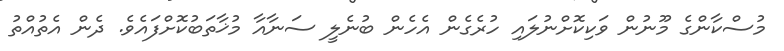
މުސްކާންގެ މޫނުން ވަކިކޮށްނުލައި ހުރެގެން އެހެން ބުނެލީ ސަނާއާ މުޚާތަބުކޮށްފައެވެ. ދެން އެތުއްތު